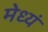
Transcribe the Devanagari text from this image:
मेध्यं